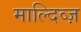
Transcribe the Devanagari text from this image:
माल्दिव्ज़